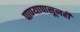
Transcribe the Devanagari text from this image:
पाण्यापासूनही